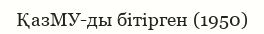
ҚазМУ-ды бітірген (1950)